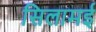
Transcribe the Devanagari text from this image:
सिलामई